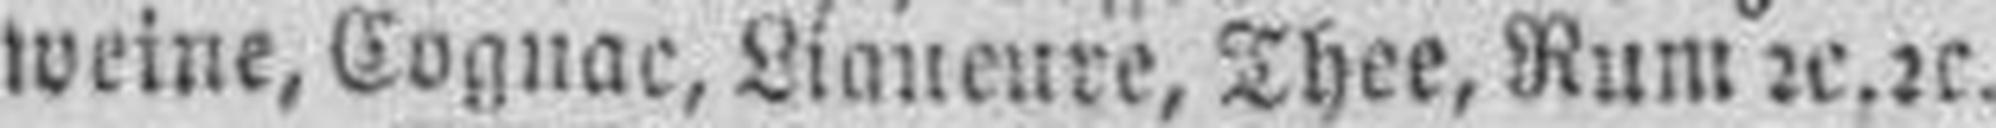
weine, Cognac, Lianeure, Thee, Rum 2c.2c.